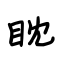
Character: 眈